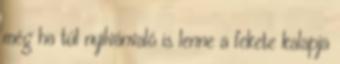
még ha túl nyilvánvaló is lenne a fekete kalapja